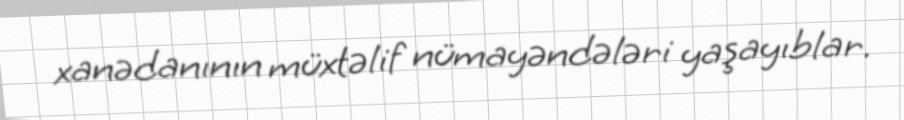
xanədanının müxtəlif nümayəndələri yaşayıblar.